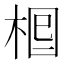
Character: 𣒪